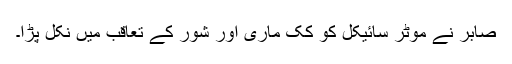
صابر نے موٹر سائیکل کو کک ماری اور شور کے تعاقب میں نکل پڑا۔